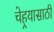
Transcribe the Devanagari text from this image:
चेहर्‍यासाठी